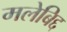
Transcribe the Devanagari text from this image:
मलेबिद्द